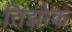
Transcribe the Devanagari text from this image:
तिझोक